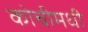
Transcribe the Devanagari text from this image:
कोचीमधी